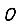
Digit: 0